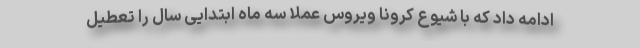
ادامه داد که با شیوع کرونا ویروس عملا سه ماه ابتدایی سال را تعطیل